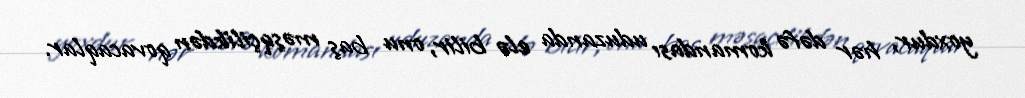
yoxdur, hər dəfə komandası uduzanda elə bilir, onu baş məşqçilikdən qovacaqlar.